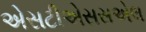
એસટીએસસએલ